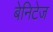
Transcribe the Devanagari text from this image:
बेनिटेज